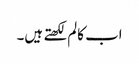
اب کالم لکھتے ہیں۔